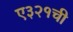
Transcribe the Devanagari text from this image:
ए३२१ची